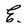
Character: E